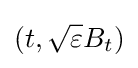
(t,{\sqrt {\varepsilon }}B_{t})